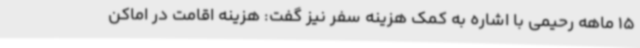
15 ماهه رحیمی با اشاره به کمک هزینه سفر نیز گفت: هزینه اقامت در اماکن